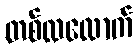
တစ်လလောက်